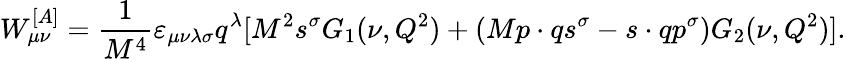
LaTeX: W_{\mu\nu}^{[A]}=\frac{1}{M^{4}}\varepsilon_{\mu\nu\lambda\sigma}q^{\lambda}[M^{2}s^{\sigma}G_{1}(\nu,Q^{2})+(Mp\cdot qs^{\sigma}-s\cdot qp^{\sigma})G_{2}(\nu,Q^{2})].